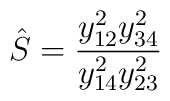
\hat S={y_{12}^2y_{34}^2\over y_{14}^2y_{23}^2}